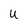
Character: U